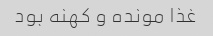
غذا مونده و کهنه بود